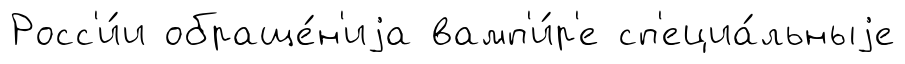
Росс'и́и обраще́н'иjа вамп'и́р'е сп'ециа́льныjе